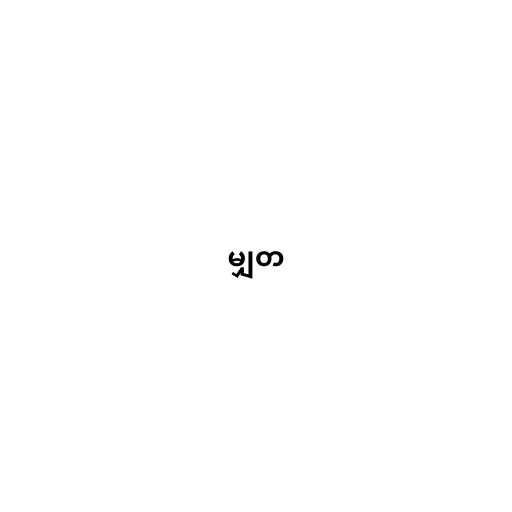
မျှတ